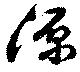
源